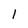
Character: 1